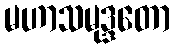
မဟာသမုဒ္ဒတော